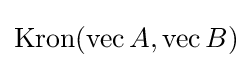
\operatorname {Kron} (\operatorname {vec} A,\operatorname {vec} B)